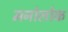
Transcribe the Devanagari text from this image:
मनोलोक